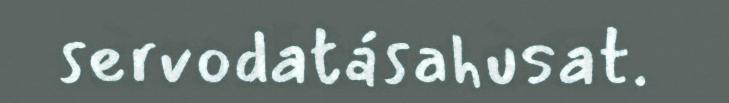
servodatásahusat.